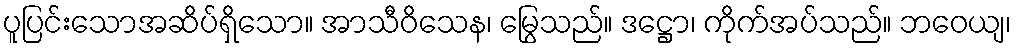
ပူပြင်းသောအဆိပ်ရှိသော။ အာသီဝိသေန၊ မြွေသည်။ ဒဋ္ဌော၊ ကိုက်အပ်သည်။ ဘဝေယျ၊